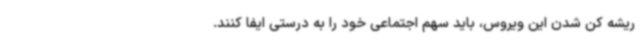
ریشه کن شدن این ویروس، باید سهم اجتماعی خود را به درستی ایفا کنند.